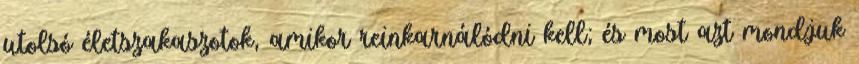
utolsó életszakaszotok, amikor reinkarnálódni kell; és most azt mondjuk